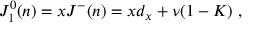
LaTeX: J _ { 1 } ^ { 0 } ( n ) = x J ^ { - } ( n ) = x d _ { x } + \nu ( 1 - K ) \ ,